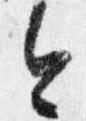
今